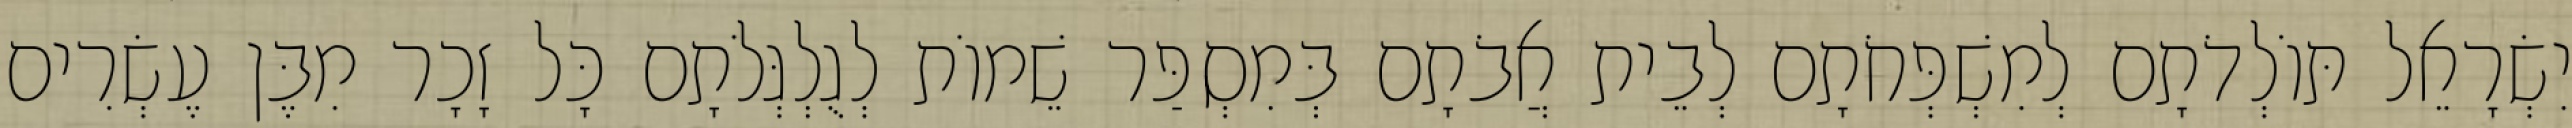
יִשְׂרָאֵל תּוֹלְדֹתָם לְמִשְׁפְּחֹתָם לְבֵית אֲבֹתָם בְּמִסְפַּר שֵׁמוֹת לְגֻלְגְּלֹתָם כָּל זָכָר מִבֶּן עֶשְׂרִים